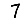
Digit: 7